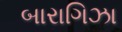
બારાગિઝા